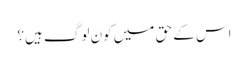
اس کے حق میں کون لوگ ہیں؟